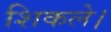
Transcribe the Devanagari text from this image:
शिकले।